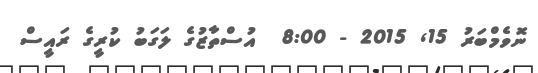
ނޮވެމްބަރު 15